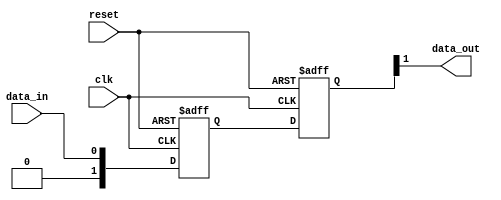
module cascade_synchronizer (
    input wire clk,
    input wire reset,
    input wire data_in,
    output reg data_out
);

reg [1:0] ff_1, ff_2;

always @(posedge clk or posedge reset) begin
    if (reset) begin
        ff_1 <= 2'b0;
        ff_2 <= 2'b0;
    end
    else begin
        ff_1 <= data_in;
        ff_2 <= ff_1;
    end
end

assign data_out = ff_2[1];

endmodule